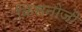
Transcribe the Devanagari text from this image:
किसनोजी